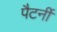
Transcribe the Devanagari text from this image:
पैटर्नी